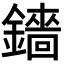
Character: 𬬋